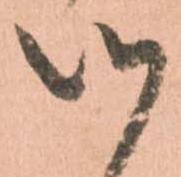
候